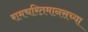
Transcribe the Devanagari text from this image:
रामचरितमानसच्या